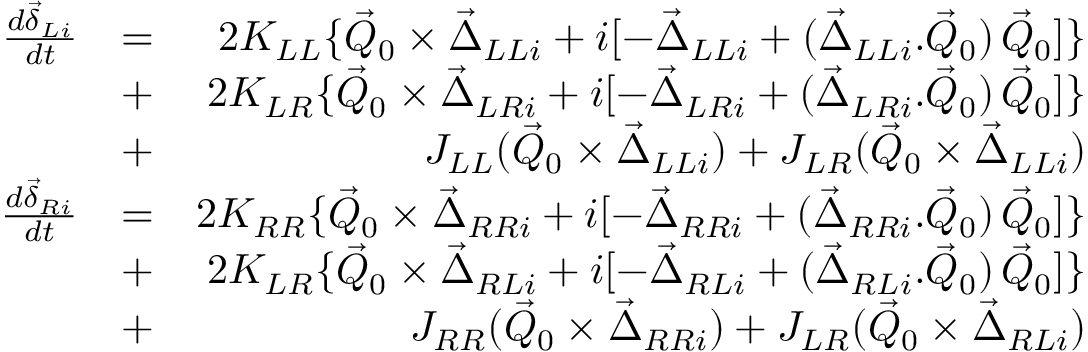
\begin{array} { r l r } { \frac { d \vec { \delta } _ { L i } } { d t } } & { = } & { 2 K _ { L L } \{ \vec { Q } _ { 0 } \times \vec { \Delta } _ { L L i } + i [ - \vec { \Delta } _ { L L i } + ( \vec { \Delta } _ { L L i } . \vec { Q } _ { 0 } ) \, \vec { Q } _ { 0 } ] \} } \\ & { + } & { 2 K _ { L R } \{ \vec { Q } _ { 0 } \times \vec { \Delta } _ { L R i } + i [ - \vec { \Delta } _ { L R i } + ( \vec { \Delta } _ { L R i } . \vec { Q } _ { 0 } ) \, \vec { Q } _ { 0 } ] \} } \\ & { + } & { J _ { L L } ( \vec { Q } _ { 0 } \times \vec { \Delta } _ { L L i } ) + J _ { L R } ( \vec { Q } _ { 0 } \times \vec { \Delta } _ { L L i } ) } \\ { \frac { d \vec { \delta } _ { R i } } { d t } } & { = } & { 2 K _ { R R } \{ \vec { Q } _ { 0 } \times \vec { \Delta } _ { R R i } + i [ - \vec { \Delta } _ { R R i } + ( \vec { \Delta } _ { R R i } . \vec { Q } _ { 0 } ) \, \vec { Q } _ { 0 } ] \} } \\ & { + } & { 2 K _ { L R } \{ \vec { Q } _ { 0 } \times \vec { \Delta } _ { R L i } + i [ - \vec { \Delta } _ { R L i } + ( \vec { \Delta } _ { R L i } . \vec { Q } _ { 0 } ) \, \vec { Q } _ { 0 } ] \} } \\ & { + } & { J _ { R R } ( \vec { Q } _ { 0 } \times \vec { \Delta } _ { R R i } ) + J _ { L R } ( \vec { Q } _ { 0 } \times \vec { \Delta } _ { R L i } ) } \end{array}